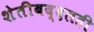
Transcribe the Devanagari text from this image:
शेतीबद्दलही